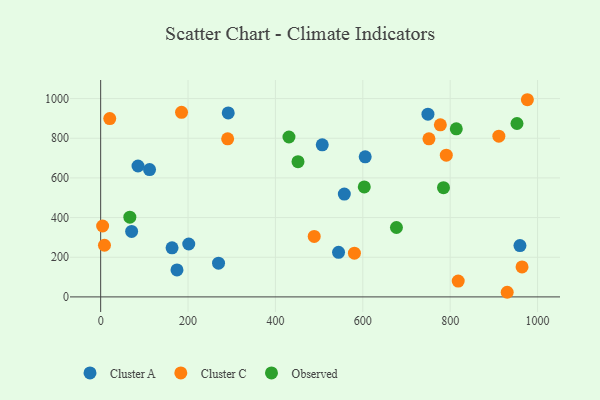
{"axis": {"x": "Study Hours", "y": "Exam Score"}, "legend": ["Cluster A", "Cluster C", "Observed"], "data": [{"x": "749.1", "y": 921.3, "type": "Cluster A"}, {"x": "292.0", "y": 927.6, "type": "Cluster A"}, {"x": "111.9", "y": 642.2, "type": "Cluster A"}, {"x": "605.5", "y": 706.3, "type": "Cluster A"}, {"x": "557.7", "y": 518.5, "type": "Cluster A"}, {"x": "174.7", "y": 136.2, "type": "Cluster A"}, {"x": "959.7", "y": 258.7, "type": "Cluster A"}, {"x": "201.6", "y": 266.7, "type": "Cluster A"}, {"x": "544.5", "y": 224.9, "type": "Cluster A"}, {"x": "507.2", "y": 767.0, "type": "Cluster A"}, {"x": "70.9", "y": 330.0, "type": "Cluster A"}, {"x": "269.8", "y": 170.2, "type": "Cluster A"}, {"x": "163.4", "y": 247.4, "type": "Cluster A"}, {"x": "85.5", "y": 660.0, "type": "Cluster A"}, {"x": "488.8", "y": 305.0, "type": "Cluster C"}, {"x": "185.1", "y": 930.7, "type": "Cluster C"}, {"x": "290.7", "y": 796.9, "type": "Cluster C"}, {"x": "818.4", "y": 79.7, "type": "Cluster C"}, {"x": "751.4", "y": 796.9, "type": "Cluster C"}, {"x": "791.1", "y": 714.5, "type": "Cluster C"}, {"x": "964.5", "y": 151.0, "type": "Cluster C"}, {"x": "930.5", "y": 23.3, "type": "Cluster C"}, {"x": "911.4", "y": 810.5, "type": "Cluster C"}, {"x": "580.8", "y": 220.5, "type": "Cluster C"}, {"x": "976.7", "y": 994.3, "type": "Cluster C"}, {"x": "777.5", "y": 867.7, "type": "Cluster C"}, {"x": "8.7", "y": 260.5, "type": "Cluster C"}, {"x": "4.5", "y": 357.5, "type": "Cluster C"}, {"x": "20.8", "y": 899.4, "type": "Cluster C"}, {"x": "451.7", "y": 681.7, "type": "Observed"}, {"x": "677.0", "y": 349.9, "type": "Observed"}, {"x": "603.4", "y": 554.4, "type": "Observed"}, {"x": "952.9", "y": 874.4, "type": "Observed"}, {"x": "431.0", "y": 806.4, "type": "Observed"}, {"x": "784.7", "y": 550.7, "type": "Observed"}, {"x": "814.0", "y": 847.8, "type": "Observed"}, {"x": "66.8", "y": 402.1, "type": "Observed"}]}